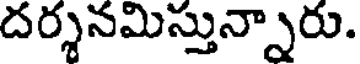
దర్శనమిస్తున్నారు.